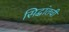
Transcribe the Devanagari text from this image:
सिद्धांतची